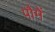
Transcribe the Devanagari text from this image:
पौमें